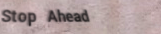
Stop Ahead